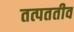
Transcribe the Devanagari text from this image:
तत्पततीव